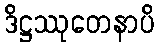
ဒိဋ္ဌဿုတေနာပိ